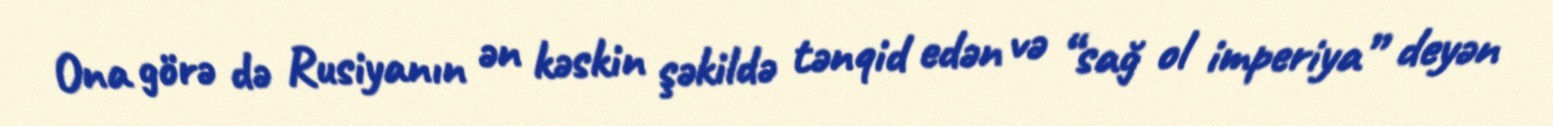
Ona görə də Rusiyanın ən kəskin şəkildə tənqid edən və “sağ ol imperiya” deyən